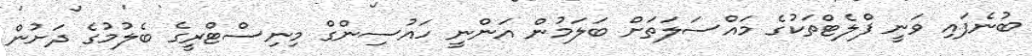
ބުނެފައި ވަނީ ފްލެޓްތަކުގެ މައްސަލަތަށް ބަލަމުން އަންނީ ހައުސިންގް މިނިސްޓްރީގެ ބެލުމުގެ ދަށުން